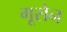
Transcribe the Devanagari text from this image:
गूसेन